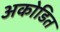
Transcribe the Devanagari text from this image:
अकोडित